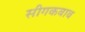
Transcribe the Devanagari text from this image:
सीगकबाब